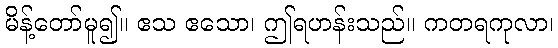
မိန့်တော်မူ၍။ ဧသ ဧသော၊ ဤရဟန်းသည်။ ကတရကုလာ၊